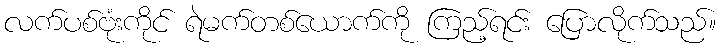
လက်ပစ်ဗုံးကိုင် ရဲမက်တစ်ယောက်ကို ကြည့်ရင်း ပြောလိုက်သည်။